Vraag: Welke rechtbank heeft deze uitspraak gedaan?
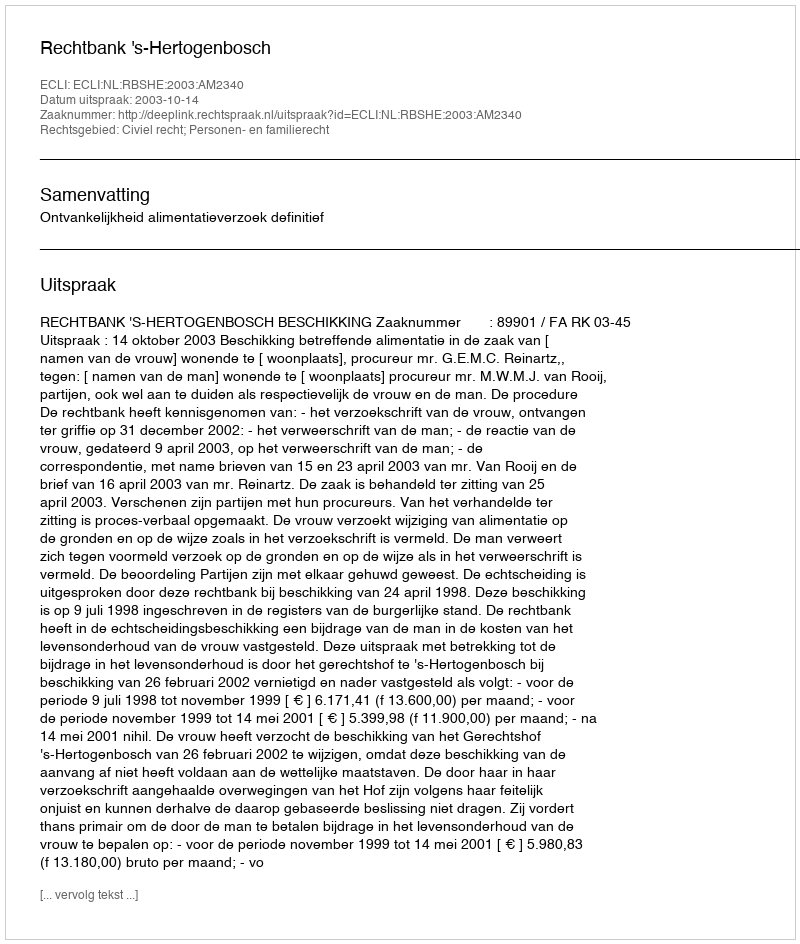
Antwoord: Rechtbank 's-Hertogenbosch